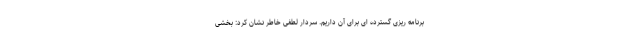
برنامه ریزی گسترده ای برای آن داریم. سردار لطفی خاطر نشان کرد: بخشی